Medical and sanitary report of the native army of Bengal for the year
Year: 1878
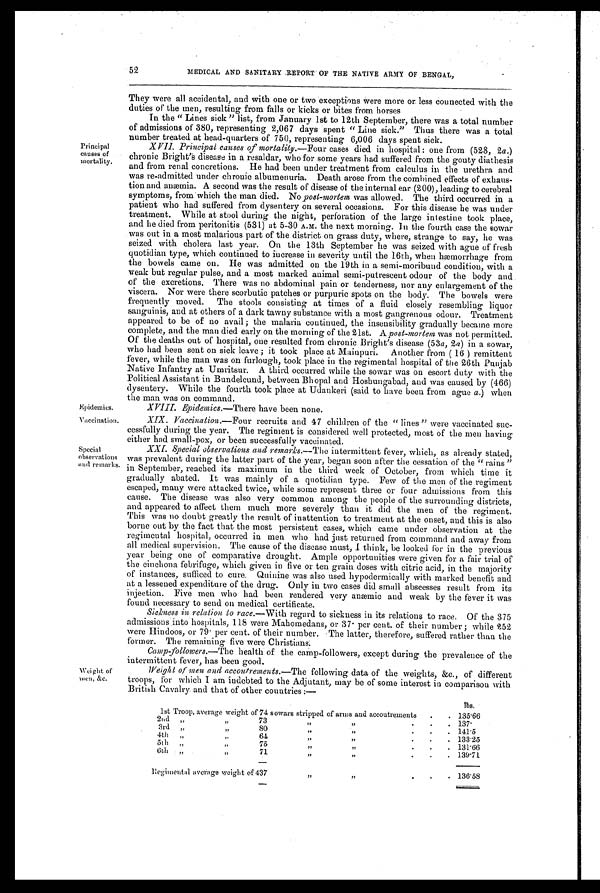
52
MEDICAL AND SANITARY REPORT OF THE NATIVE ARMY OF BENGAL,
Principal
causes of
mortality.
Epidemics.
Vaccination.
Special
observations
and remarks.
Weight of
men, &c.
They were all accidental, and with one or two exceptions were more or less connected with the
duties of the men, resulting from falls or kicks or bites from horses
In the " Lines sick " list, from January 1st to 12th September, there was a total number
of admissions of 380, representing 2,067 days spent " Line sick." Thus there was a total
number treated at head-quarters of 750, representing 6,006 days spent sick.
XVII. Principal causes of mortality. —Four cases died in hospital : one from (528, 2 a.)
chronic Bright's disease in a resaldar, who for some years had suffered from the gouty diathesis
and from renal concretions. He had been under treatment from calculus in the urethra and
was re-admitted under chronic albumenuria. Death arose from the combined effects of exhaus-
tion and anæmia. A second was the result of disease of the internal ear (200), leading to cerebral
symptoms, from which the man died. No post-mortem was allowed. The third occurred in a
patient who had suffered from dysentery on several occasions. For this disease he was under
treatment. While at stool during the night, perforation of the large intestine took place,
and he died from peritonitis (531) at 5-30 A.M. the next morning. In the fourth case the sowar
was out in a most malarious part of the district on grass duty, where, strange to say, he was
seized with cholera last year. On the 13th September he was seized with ague of fresh
quotidian type, which continued to increase in severity until the 16th, when hæmorrhage from
the bowels came on. He was admitted on the 19th in a semi-moribund condition, with a
weak but regular pulse, and a most marked animal semi-putrescent odour of the body and
of the excretions. There was no abdominal pain or tenderness, nor any enlargement of the
viscera. Nor were there scorbutic patches or purpuric spots on the body. The bowels were
frequently moved. The stools consisting at times of a fluid closely resembling liquor
sanguinis, and at others of a dark tawny substance with a most gangrenous odour. Treatment
appeared to be of no avail ; the malaria continued, the insensibility gradually became more
complete, and the man died early on the morning of the 21st. A post-mortem was not permitted.
Of the deaths out of hospital, one resulted from chronic Bright's disease (53 a, 2a ) in a sowar,
who had been sent on sick leave ; it took place at Mainpuri. Another from ( 16 ) remittent
fever, while the man was on furlough, took place in the regimental hospital of the 26th Punjab
Native Infantry at Umritsur. A third occurred while the sowar was on escort duty with the
Political Assistant in Bundelcund, between Bhopal arid Hoshungabad, and was caused by (466)
dysentery. While the fourth took place at Udankeri (said to have been from ague a. ) when
the man was on command.
Epidemics.—There have been none.
XIX. Vaccination.— Four recruits and 47 children of the " lines " were vaccinated suc-
cessfully during the year. The regiment is considered well protected, most of the men having
either had small-pox, or been successfully vaccinated.
XXI. Special observations and remarks.— The intermittent fever, which, as already stated,
was prevalent during the latter part of the year, began soon after the cessation of the " rains "
in September, reached its maximum in the third week of October, from which time it
gradually abated. It was mainly of a quotidian type. Few of the men of the regiment
escaped, many were attacked twice, while some represent three or four admissions from this
cause. The disease was also very common among the people of the surrounding districts,
and appeared to affect them much more severely than it did the men of the regiment.
This was no doubt greatly the result of inattention to treatment at the onset, and this is also
borne out by the fact that the most persistent cases, which came under observation at the
regimental hospital, occurred in men who had just returned from command and away from
all medical supervision. The cause of the disease must, 1 think, be looked for in the previous
year being one of comparative drought. Ample opportunities were given for a fair trial of
the cinchona febrifuge, which given in five or ten grain doses with citric acid, in the majority
of instances, sufficed to cure. Quinine was also used hypodermically with marked benefit and
at a lessened expenditure of the drug. Only in two cases did small abscesses result from its
injection. Five men who had been rendered very anæmie and weak by the fever it was
found necessary to send on medical certificate.
Sickness in relation to race. —With regard to sickness in its relations to race. Of the 375
admissions. into hospitals, 118 were Mahomedans, or 37. per cent. of their number ; while 252
were Hindoos, or 79. per cent. of their number. The latter, therefore, suffered rather than the
former. The remaining five were Christians:
Camp-followers.— The health of the camp-followers, except during the prevalence of the
intermittent fever, has been good.
Weight of men and accoutrements. —The following data of the weights, &c., of different
troops, for which I am indebted to the Adjutant, may be of some interest in comparison with
British Cavalry and that of other countries:—
1st Troop, average weight of 74 sowars stripped of arms and accoutrements
.
.
lbs.
135.66
2nd
„
, ,
73
,,
, ,
.
.
.
137.
3rd
„
, ,
8 0
, ,
, ,
.
.
.
141.5
4th
„
„
64
„
, ,
.
.
.
133.25
5th
„
, ,
75
, ,
, ,
.
.
.
131.66
6th
„
, ,
71
, ,
, ,
.
.
.
139.71
Regimental average weight of 437
,,
, ,
.
.
. 136.58